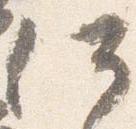
何